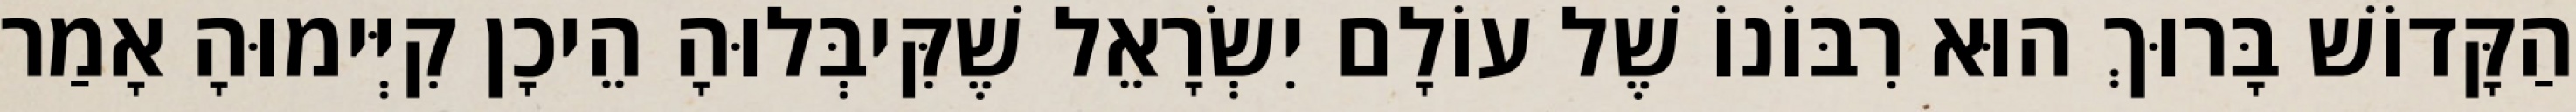
הַקָּדוֹשׁ בָּרוּךְ הוּא רִבּוֹנוֹ שֶׁל עוֹלָם יִשְׂרָאֵל שֶׁקִּיבְּלוּהָ הֵיכָן קִיְּימוּהָ אָמַר